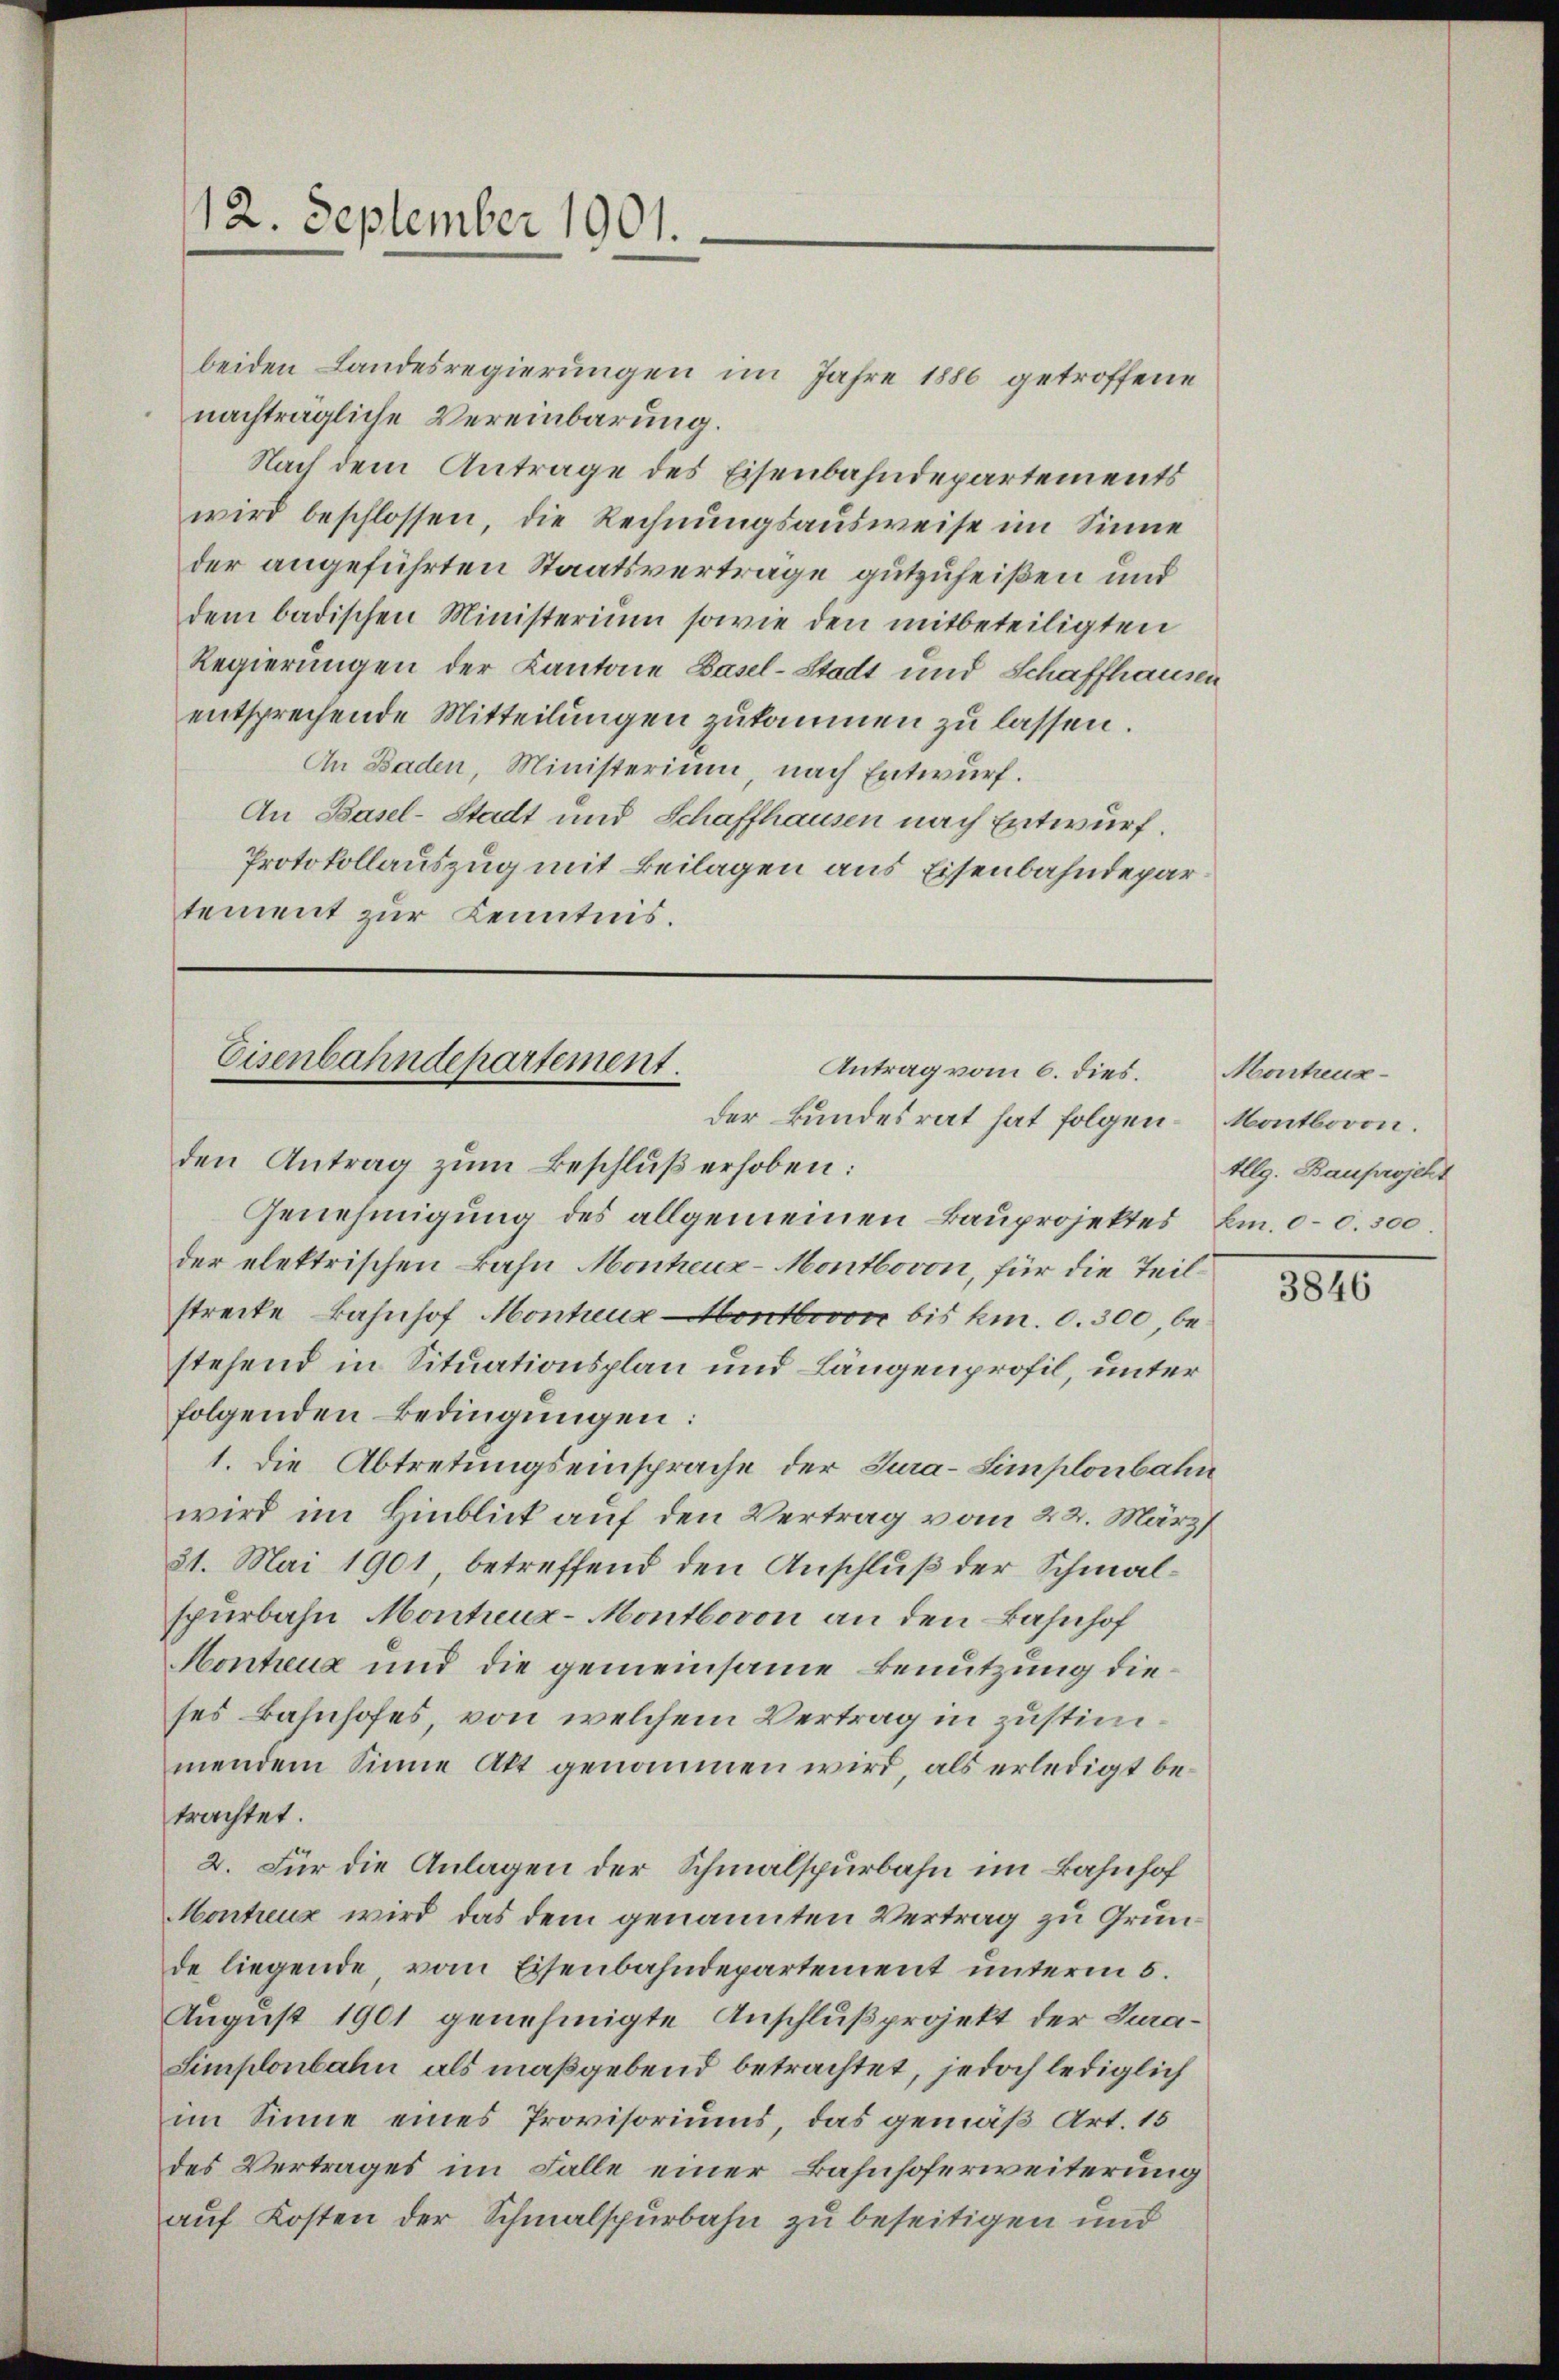
12. September 1901.

beiden Landesregierungen im Jahre 1886 getroffene
nachträgliche Vereinbarung.
Nach dem Antrage des Eisenbahndepartements
wird beschlossen, die Rechnungsausweise im Sinne
der angeführten Staatsverträge gutzuheißen und
dem badischen Ministerium sowie den mitbeteiligten
Regierungen der Kantone Basel-Stadt und Schaffhausen
entsprechende Mitteilungen zukommen zu lassen.
An Baden, Ministerium, nach Entwurf.
An Basel-Stadt und Schaffhausen nach Entwurf.
Protokollauszug mit Beilagen aus Eisenbahndepar
tement zur Kenntnis.

Eisenbahndepartement.
Antrag vom 6. dies.
der Bundesrat hat folgen Montboron.

den Antrag zum Beschluß erhoben:
Genehmigung des allgemeinen Bauprojektes Em. 00. 300.
der elektrischen Bahn Monheuz-Montbovon, für die Teilstreite Bahnhof Montenz Montbovon bis km. 0. 300 bestehend in Situationsplan und Längenprofil, unter
folgenden Bedingungen:
1. Die Abtretungseinsprache der Jura-Simplonbahn
wird im Hinblick auf den Vertrag vom 22. März
31. Mai 1901, betreffend den Anschluß der Schmalspürbahn Montenz-Montbovon an den Bahnhof
Hontreue und die gemeinsame Benutzung dieses Bahnhofes, von welchem Vertrag in zustimmendem Sinne Akt genommen wird, als erledigt betrachtet.
2. Für die Anlagen der Schmalspurbahn im Bahnhof
Montreux wird das dem genannten Vertrag zu Grunde liegende, vom Eisenbahndepartement unterm 5.
August 1901 genehmigte Anschluß projekt der Jura¬
Simplonbahn als maßgebend betrachtet, jedoch lediglich
im Sinne eines Provisoriums, das gemäß Art. 15
des Vertrages im Falle einer Bahnhoferweiterung
auf Kosten der Schmalspurbahn zu beseitigen und

Montreus
Allg. Bauprojekt

3846